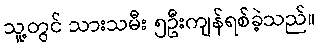
သူ့တွင် သားသမီး ၅ဦးကျန်ရစ်ခဲ့သည်။